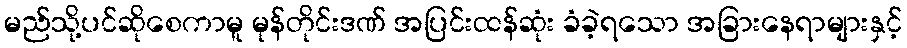
မည်သို့ပင်ဆိုစေကာမူ မုန်တိုင်းဒဏ် အပြင်းထန်ဆုံး ခံခဲ့ရသော အခြားနေရာများနှင့်